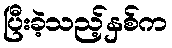
ပြီးခဲ့သည့်နှစ်က